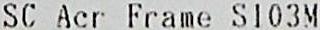
SC ACR FRAME S103M